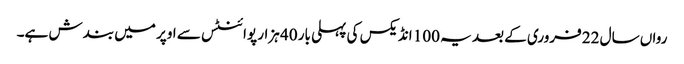
رواں سال 22 فروری کے بعد یہ 100 انڈیکس کی پہلی بار 40 ہزار پوائنٹس سے اوپر میں بندش ہے۔